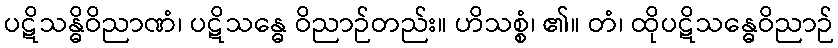
ပဋိသန္ဓိဝိညာဏံ၊ ပဋိသန္ဓေ ဝိညာဉ်တည်း။ ဟိသစ္စံ၊ ၏။ တံ၊ ထိုပဋိသန္ဓေဝိညာဉ်